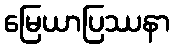
မြေယာပြဿနာ